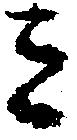
ミ